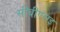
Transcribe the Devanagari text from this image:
सीबीएसइ